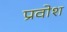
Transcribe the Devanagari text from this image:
प्रवोश